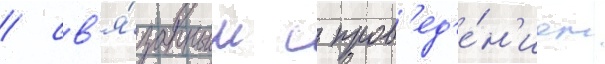
/ св'я́занным с пров'ед'е́н'ием